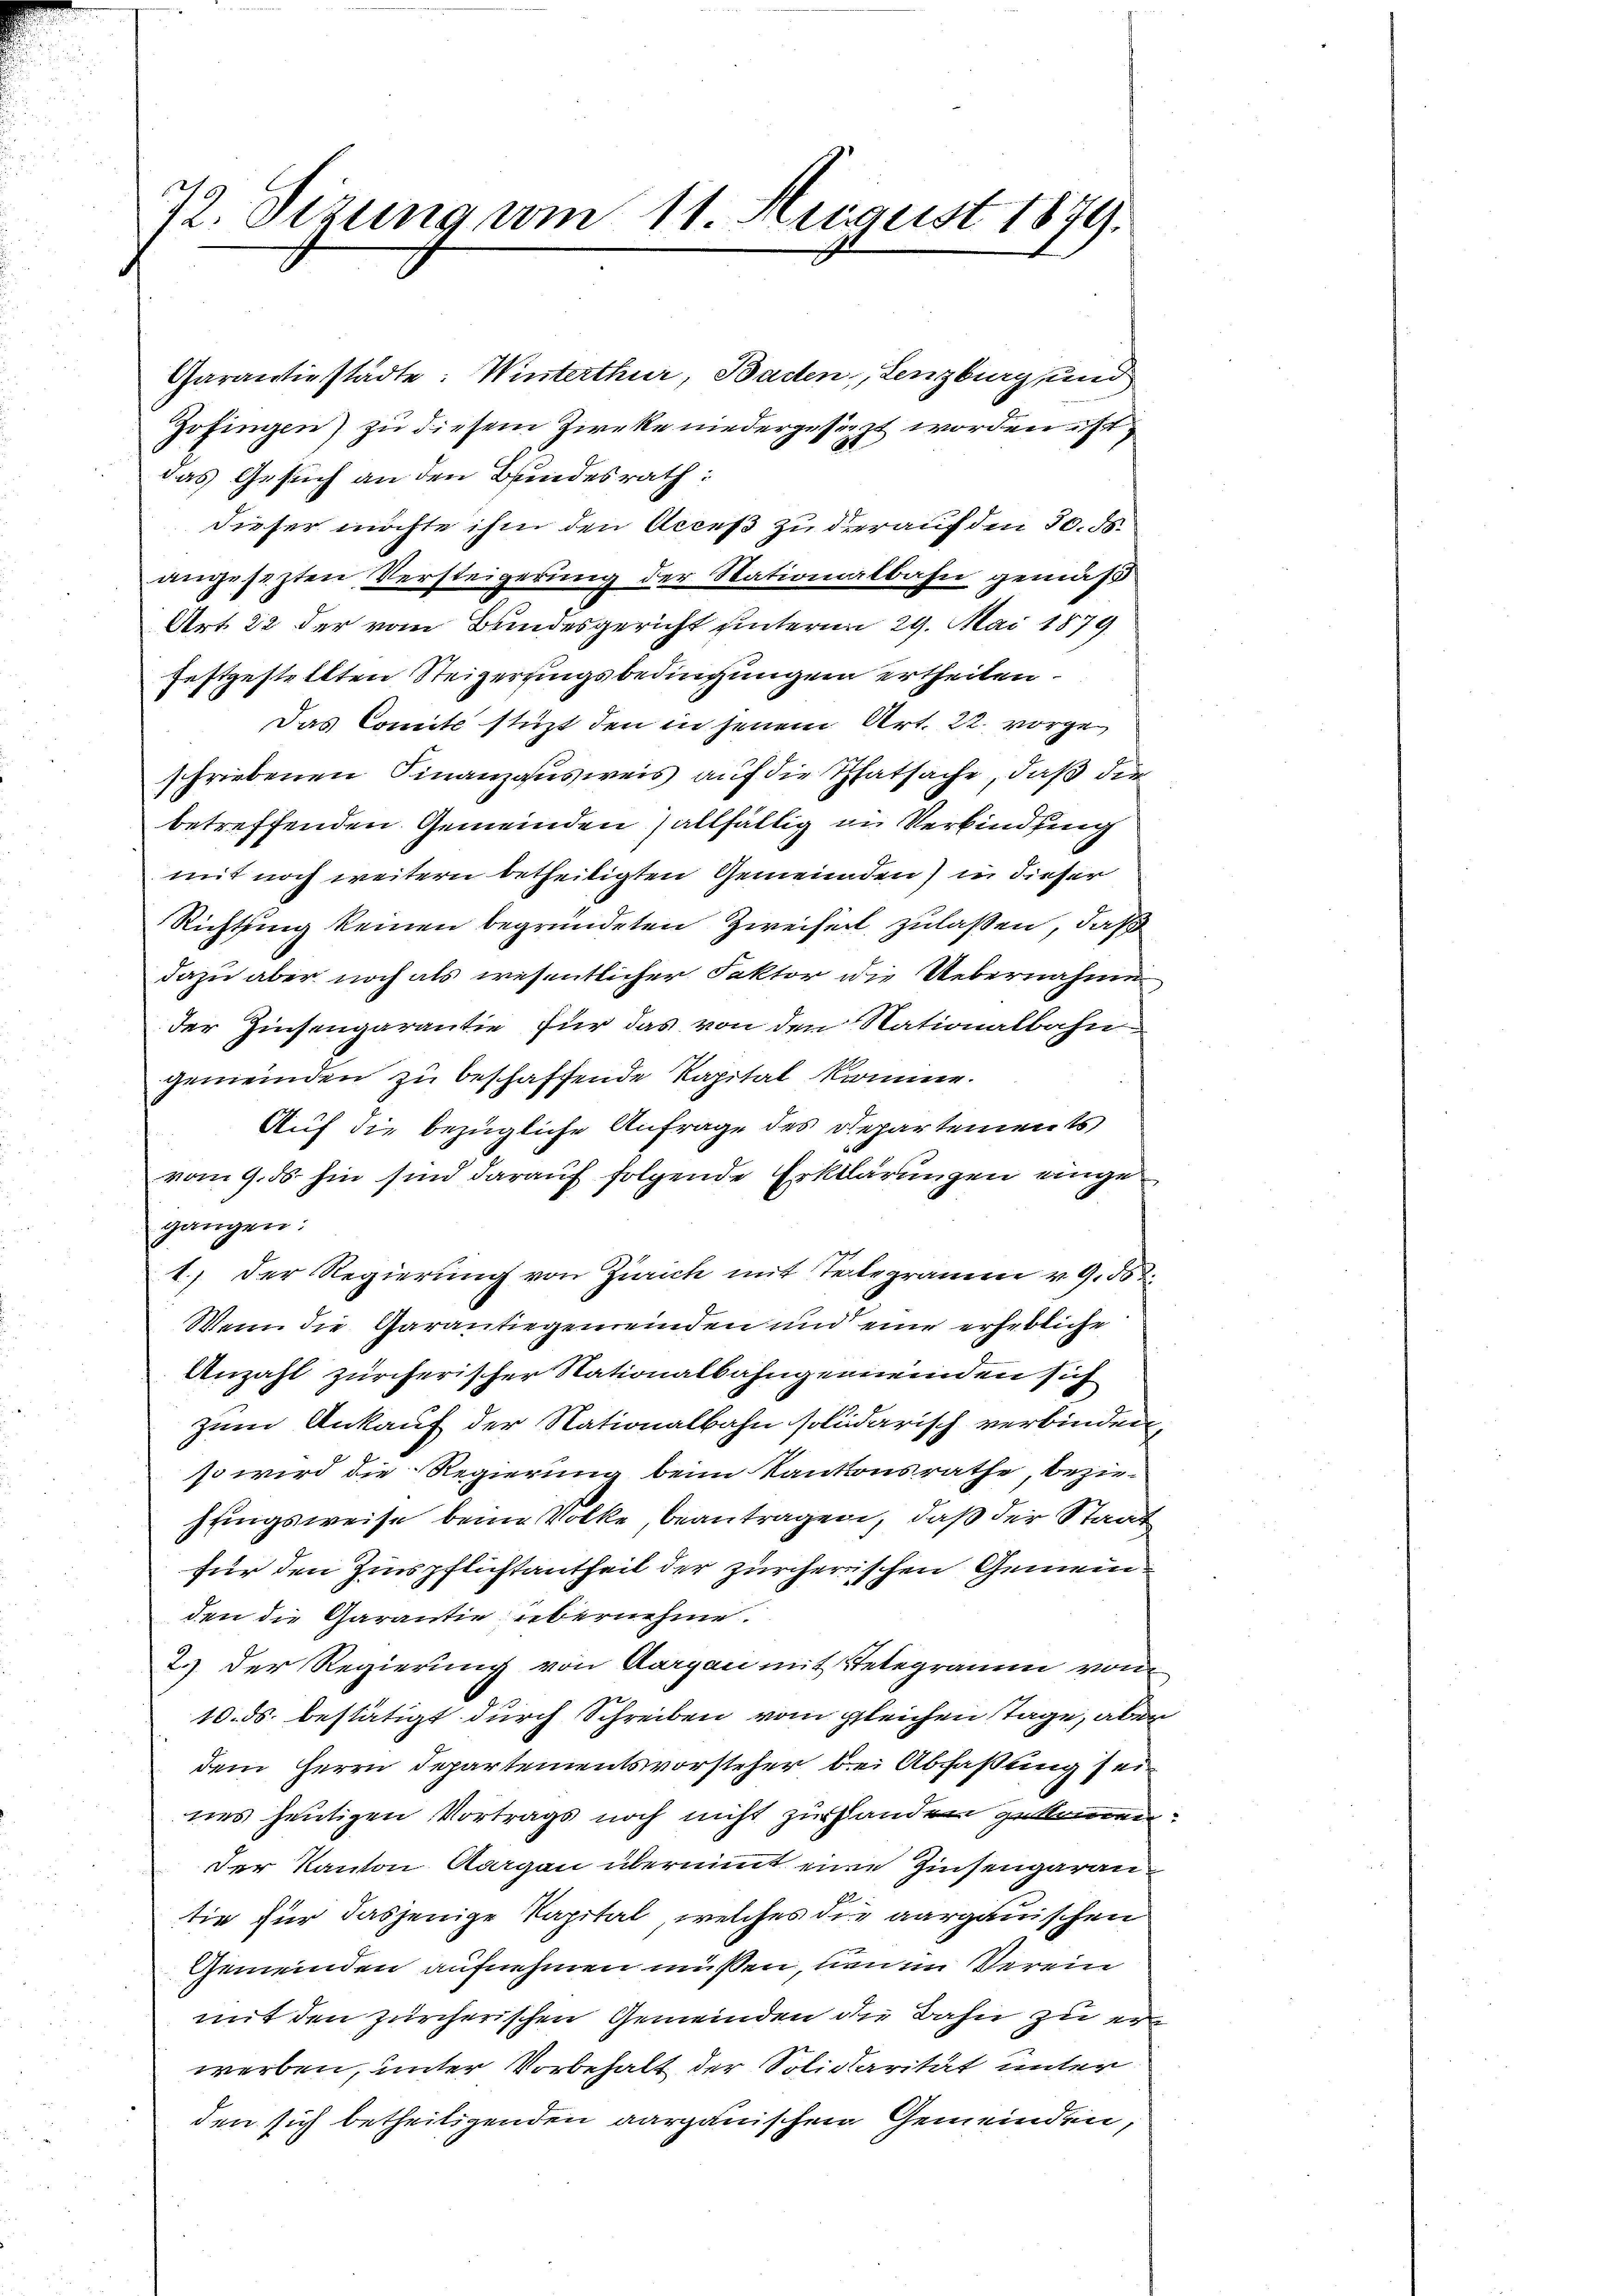
7. Sizung vom 11. August 1879.

Garantiestadte: Winterthur, Baden, Lenzburg und
Hofingen) zu diesem Zieke niedergesezt worden ist
das Gesuch an den Bundesrath:
dieser möchte ihm den Acceß zu darauf den 30. ds.
angesezten Versteigerung der Stationalbahn gemäß
Art 22 der vom Bundesgericht unterm 29. Mai 1879
festgestellten Steigerungsbedingungen ertheilen.
Das Comité stüzt den in jenem Art. 22. vorgeschriebenen Finanzausweis auf die Thatsache, daß die
betreffenden Gemeinden) allfällig in Verbindung
mit noch weitern betheiligten Gemeinden) in dieser
Richtung keinen begründeten Zweifert zulaßen, daß
dazu aber noch als wesentlicher Faktor die Uebernahme
der Zinsengarantie für das von den Nationalbahn
gemeinden zu beschaffende Kapital komme.
Auf die bezügliche Anfrage des Departements
vom 9. ds. hin sind darauf folgende Erklärungen eingegangen:
1.) Der Regierung von Zürich mit Telegramm v. 9.10
Wenn die Garantiegemeinden und eine erhebliche
Anzahl zürcherischer Nationalbahngemeinden sich
zum Ankauf der Nationalbahn solidarisch verbinden
so wird die Regierung beim Kantonsrathe, bezie-
sungsweise beim Volke, beantragen, daß der Staat
für den Zinspflichtantheil der zürcherischen Gemeinden die Garantie übernehme.
2.) Der Regierung von Aargau mit Telegramm von
10. ds. bestätigt durch Schreiben vom gleichen Tage, aber
dem Herrn Departementsvorsteher bei Abfaßung seines heutigen Vortrags noch nicht zu Handen gekommen
der Kanton Aargau übernimmt eine Zinsengarantie für dasjenige Kapital, welches die aargauischen
Gemeinden aufnehmen müssen, neuen Verein
mit den zürcherischen Gemeinden die Bahn zu er
werben, unter Vorbehalt der Solidarität unter
den sich betheiligenden aargauischen Gemeinden,

s

2